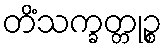
တိံသက္ခတ္တုဉ္စ